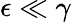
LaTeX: \epsilon\ll\gamma